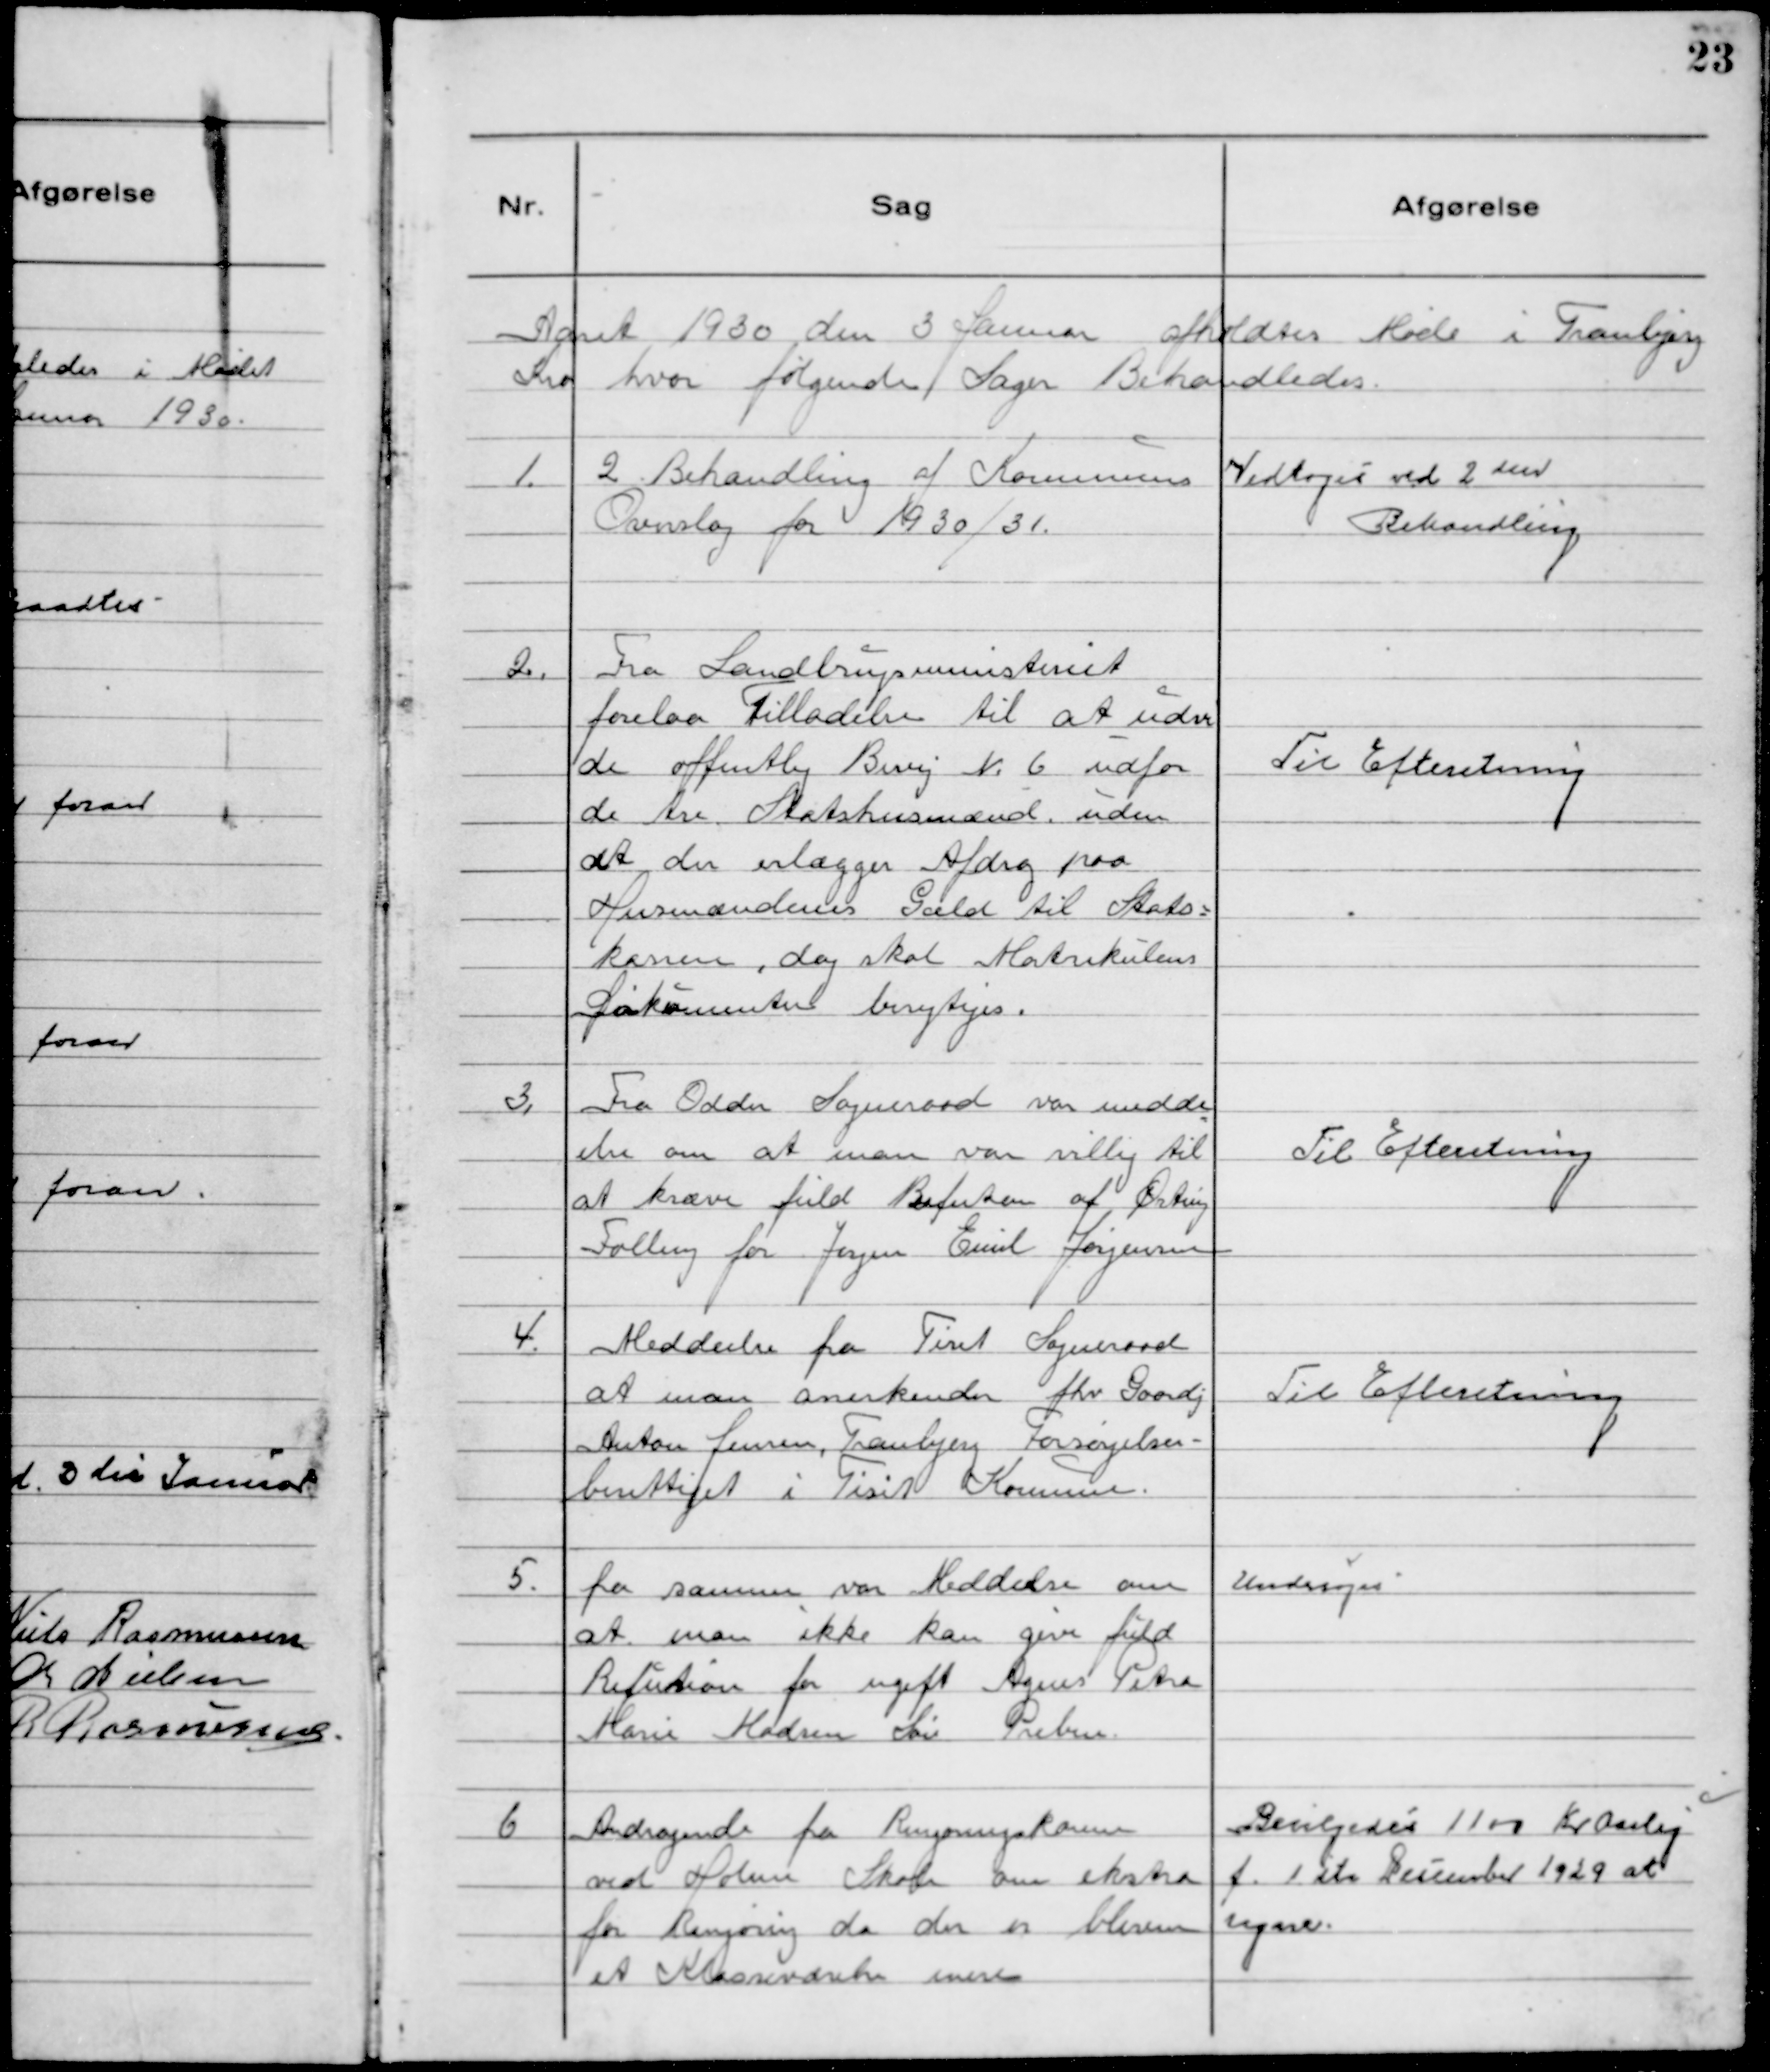
Transskription:
Aaret 1930 den 3 Januar afholdtes Møde i Tranbjerg
Kro hvor følgende Sager Behandledes.

1. 2. Behandling af Kommunens
Overslag for 1930/31.

Vedtogeś ved 2 den
Behandling

2. Fra Landbrŭgsministeriet
forelaa Tilladelse til at ũdvi
de offentlig Byvej Nº 6 udfor
de tre Statshusmænd uden
at der erlægges Afdrag paa
Husmændenes Gæld til Stats-
kassen, dog skal Matrikelens
Dokumenter berigtiges.

Til Efterretning

3. Fra Odder Sogneraad var medde
else om at man var villig til
at kræve fuld Refusion af Ørting
Falling for Jorgen Emil Jørgensen

Til Efterretning

Meddeelse fra Tiset Sogneraad
at man anerkender fhv. Gaardj
Anton Jensen, Tranbjerg Forsørgelses-
berettiget i Tiset Kommune.

Til Efterretning

5. fra samme var Meddelse om
at man ikke kan give fŭld
Refusion for ugift Agnes Petra
Marie Madsen Søn Preben.

Undersoges

6 Andragende fra Rengoringskonen
ved Holme Skole om ekstra
for Rengøring da der er bleven
et Klasseværelse mere

Bevilgedeś 1100 Kr Aarlig
f. 1. ste December 1929 at
regne.